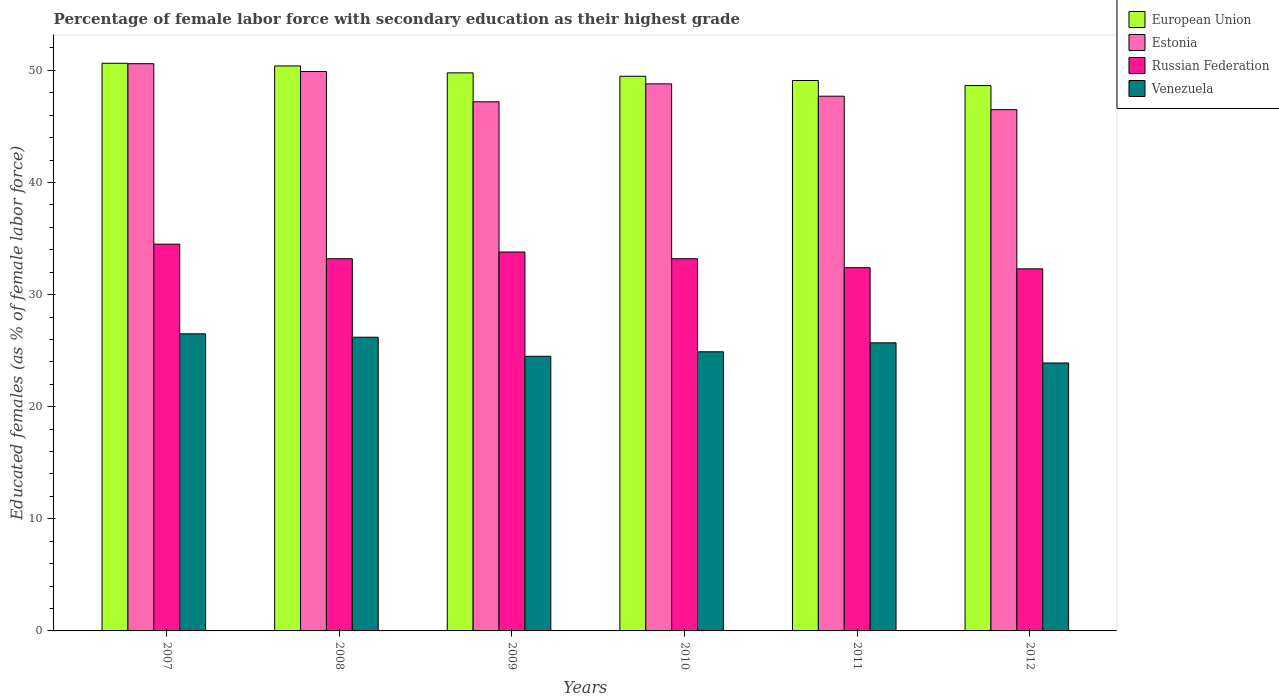
| Years | European Union | Estonia | Russian Federation | Venezuela |
 | --- | --- | --- | --- | --- |
 | 2007 | 50.6 | 50.6 | 34.5 | 26.5 |
 | 2008 | 50.4 | 49.9 | 33.2 | 26.2 |
 | 2009 | 49.8 | 47.2 | 33.8 | 24.5 |
 | 2010 | 49.5 | 48.8 | 33.2 | 24.9 |
 | 2011 | 49.1 | 47.7 | 32.4 | 25.7 |
 | 2012 | 48.6 | 46.5 | 32.3 | 23.9 |